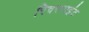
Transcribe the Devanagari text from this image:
रिवरपाइंट